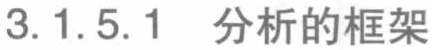
3.1.5.1 分析的框架